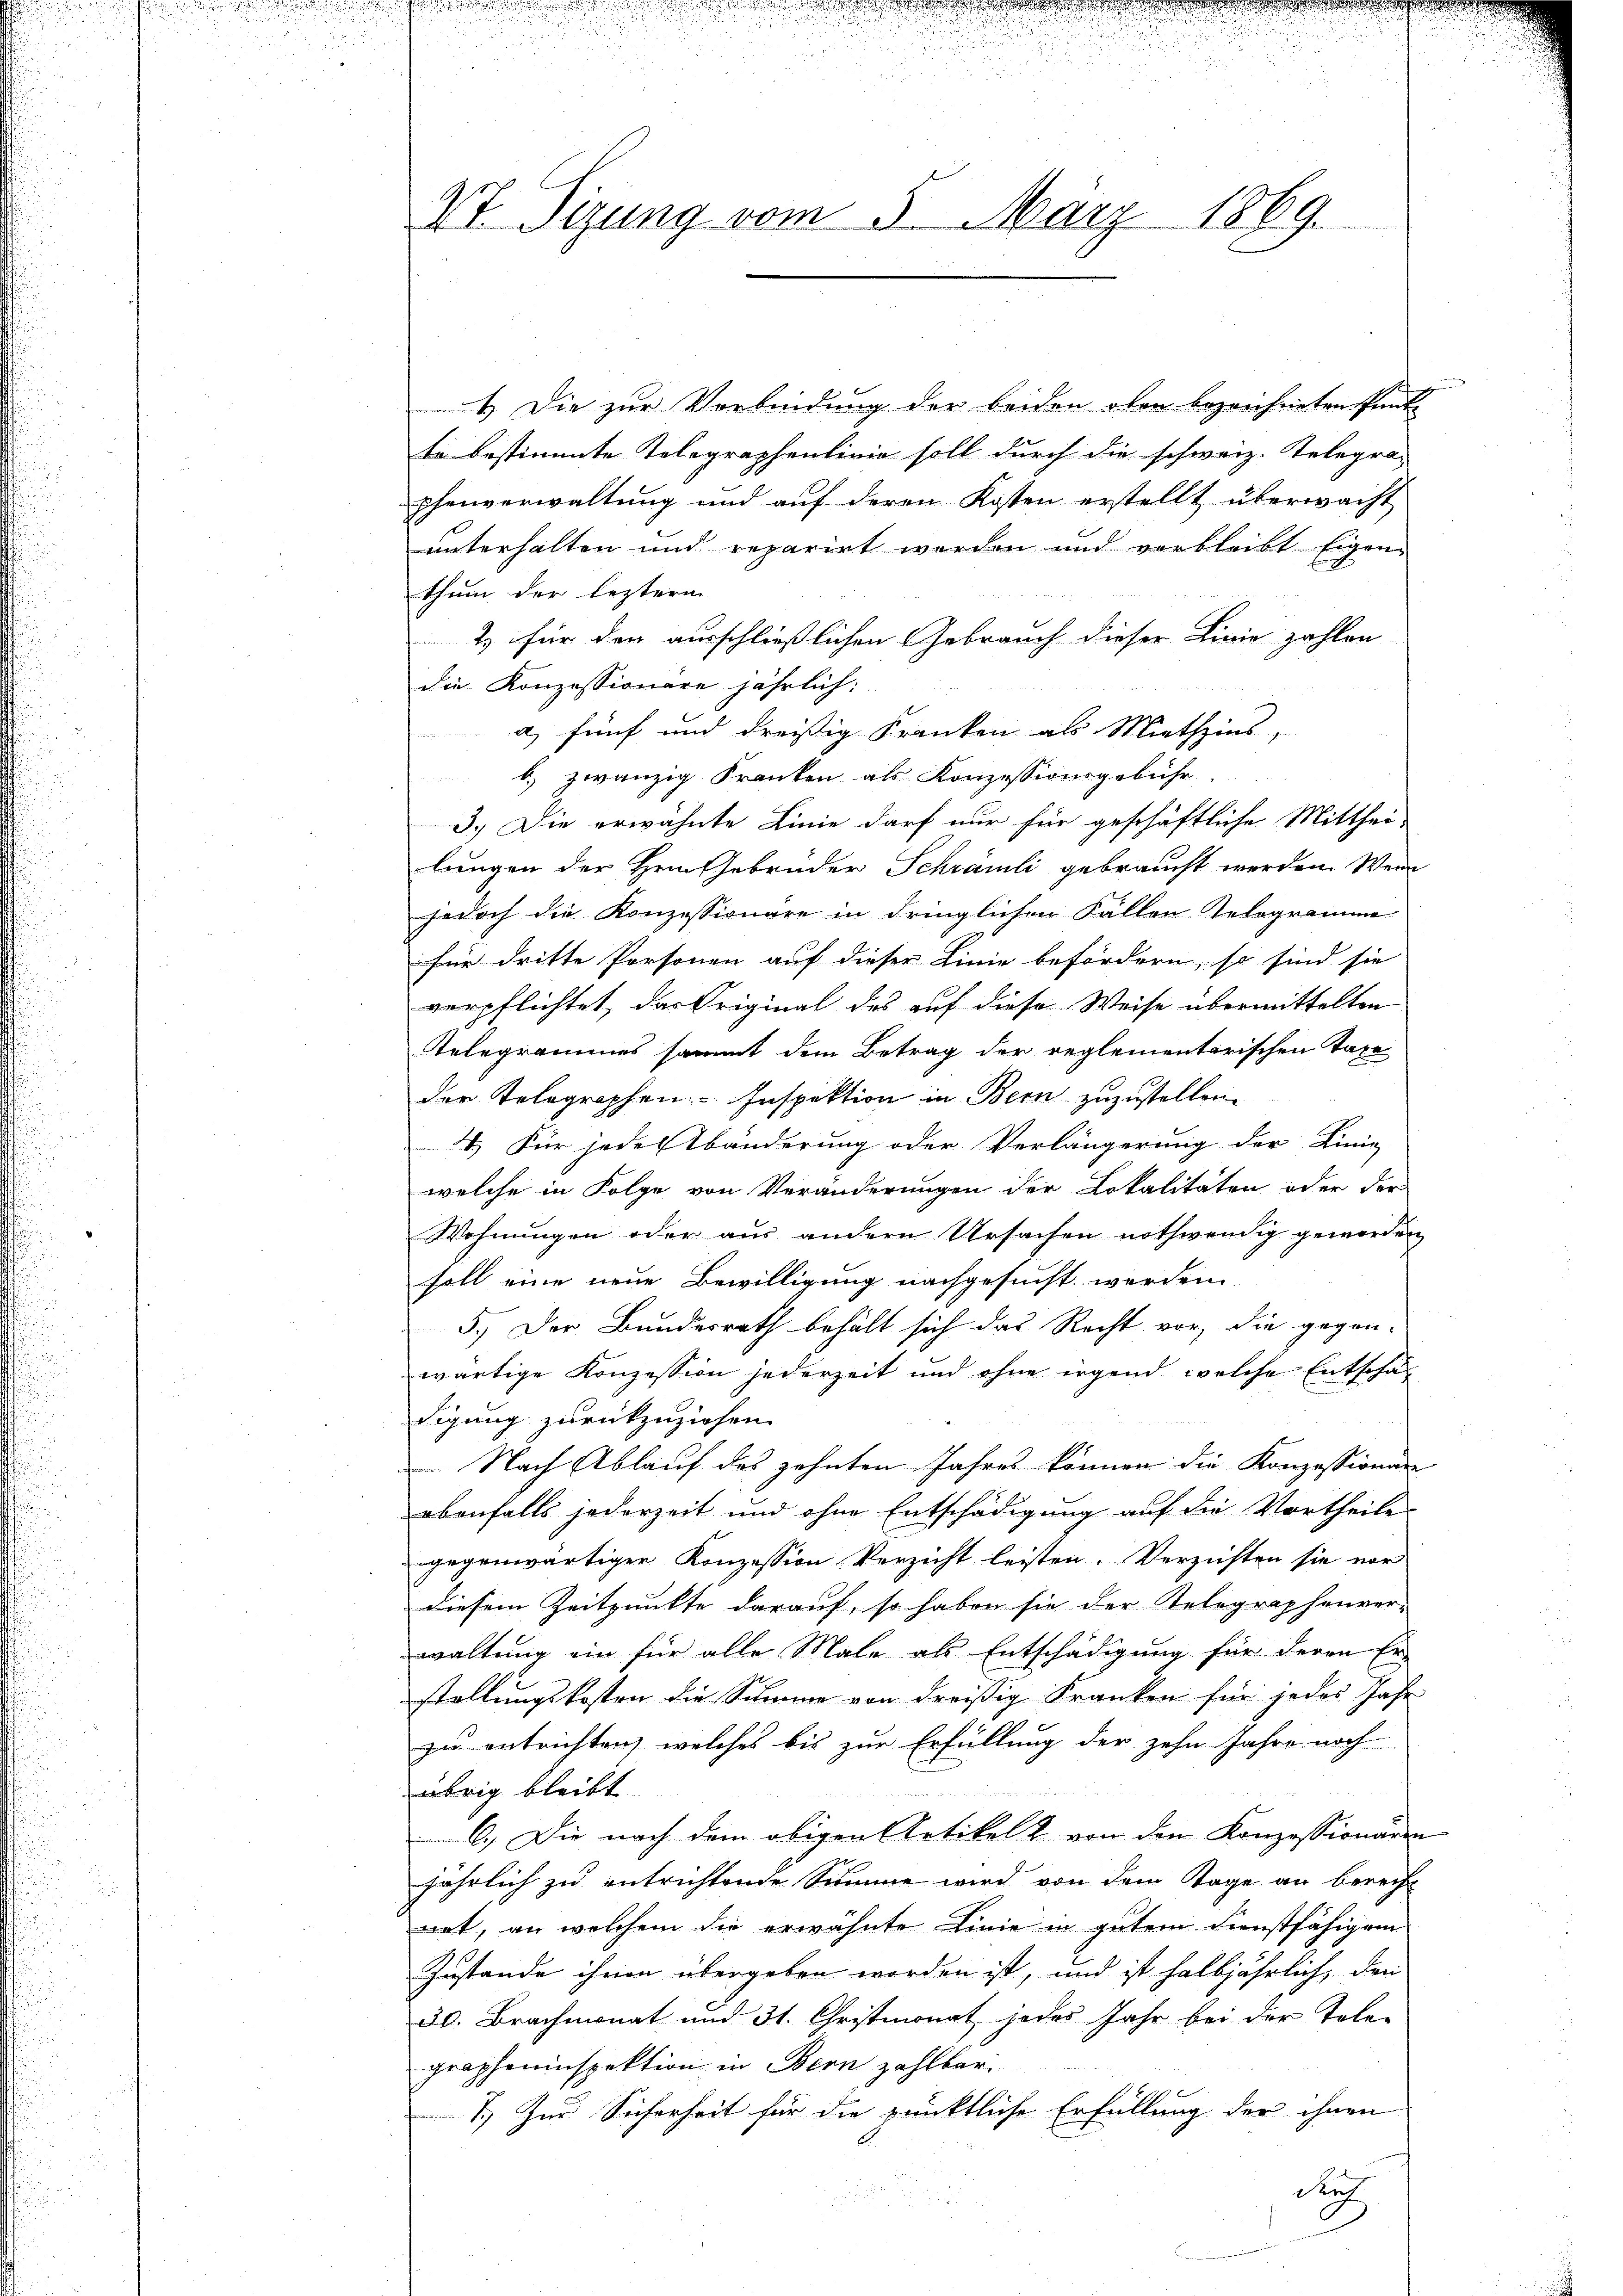
.

e

.
n

Vt. Sizung vom 5. März 1869.

4.) Die zur Verbindung der beiden oben bezeichneten Pant
te bestimmte Telegraphenlinie soll durch die schweiz. Telegraphenverwaltung und auf deren Kosten erstellt überwacht
unterhalten und reparirt worden und verbleibt Eigen-
thum der lezterm
2) für den ausschließlichen Gebrauch dieser Linie zahlen
die Konzessionäre jährlich:
a) fünf und dreißig Kranken als Miethzins,
 b.) zwanzig Kranken als Konzessionsgebühr
3.) Die erwähnte Linie darf nur für geschäftliche Mitthei-
lungen der Hrnn Gebrüder Schrämli gebraucht werden. Wenn
jedoch die Konzessionäre in dringlichen Fällen Telegramme
für dritte Personen auf dieser Linie befördern, so sind sie
verpflichtet, das Original des auf diese Weise übermittelten
Telegrammes sammt dem Betrag der reglementarischen Taxe
der Telegraphen-Inspektion in Bern zuzustellen.
4.) Für jede Abänderung oder Verlängerung der Linig
welche in Folge von Veränderungen der Lokalitäten oder der
Wohnungen oder aus andern Ursachen nothwendig geworden
soll eine neue Bewilligung nachgesucht werden.
5.) Der Bundesrath behält sich das Recht vor, die gegen-
wärtige Konzession jederzeit und ohne irgend welche Entschädigung zurückzuziehen.
 Nach Ablauf des zehnten Jahres können die Konzessionen
ebenfalls jederzeit und ohne Entschädigung auf die Vortheile
gegenwärtiger Konzession Verzicht leisten. Verzichten sie vor
diesem Zeitpunkte darauf, so haben sie der Telegraphenver-
waltung ein für alle Male als Entschädigung für deren Er-
stellungskosten die Summe von dreißig Franken für jedes Jahr
zu entrichten, welches bis zur Erfüllung der zehn Jahre noch
übrig bleibt
6.) Die nach dem obigen Artikel & von den Konzessionären
jährlich zu entrichtende Summe wird von dem Tage an berecht
nat, an welchem die erwähnte Linie in gutem Dienstfähigem
Zustande ihnen übergeben worden ist, und ist halbjährlich, den
30. Brachmonat und 31. Christmonat jedes Jahr bei der Tele-
grapheninspektion in Bern zahlbar.
1.) Zur Sicherheit für die pünktliche Erfüllung der ihnen
durch